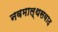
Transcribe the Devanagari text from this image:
नवमाल्थसवाद